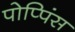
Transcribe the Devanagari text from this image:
पोप्पिंस